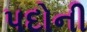
પદોની